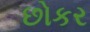
છોકર